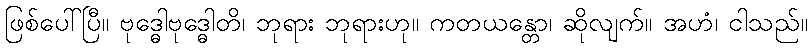
ဖြစ်ပေါ်ပြီ။ ဗုဒ္ဓေါဗုဒ္ဓေါတိ၊ ဘုရား ဘုရားဟု။ ကတယန္တော၊ ဆိုလျက်။ အဟံ၊ ငါသည်။